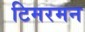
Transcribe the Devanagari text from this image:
टिमरमन